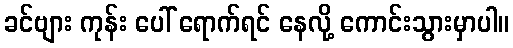
ခင်ဗျား ကုန်း ပေါ် ရောက်ရင် နေလို့ ကောင်းသွားမှာပါ။